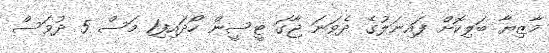
މާޒިޔާ ބަލިކޮށް ފައިނަލުގެ ދެވަނަ ޖާގަ ޓީސީން ހޯދައިފި1 މަސް 5 ދުވަސް